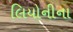
લિયોનીના